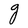
Character: g